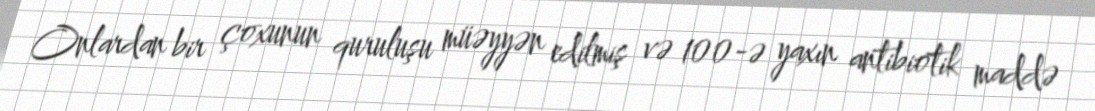
Onlardan bir çoxunun quruluşu müəyyən edilmiş və 100-ə yaxın antibiotik maddə